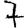
Digit: 7